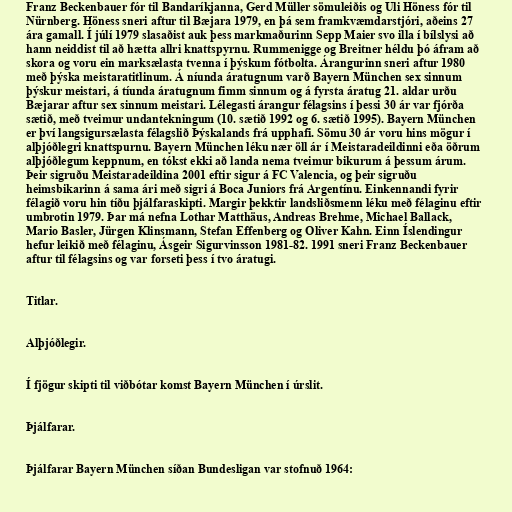
Franz Beckenbauer fór til Bandaríkjanna, Gerd Müller sömuleiðis og Uli Höness fór til
Nürnberg. Höness sneri aftur til Bæjara 1979, en þá sem framkvæmdarstjóri, aðeins 27
ára gamall. Í júlí 1979 slasaðist auk þess markmaðurinn Sepp Maier svo illa í bílslysi að
hann neiddist til að hætta allri knattspyrnu. Rummenigge og Breitner héldu þó áfram að
skora og voru ein marksælasta tvenna í þýskum fótbolta. Árangurinn sneri aftur 1980
með þýska meistaratitlinum. Á níunda áratugnum varð Bayern München sex sinnum
þýskur meistari, á tíunda áratugnum fimm sinnum og á fyrsta áratug 21. aldar urðu
Bæjarar aftur sex sinnum meistari. Lélegasti árangur félagsins í þessi 30 ár var fjórða
sætið, með tveimur undantekningum (10. sætið 1992 og 6. sætið 1995). Bayern München
er því langsigursælasta félagslið Þýskalands frá upphafi. Sömu 30 ár voru hins mögur í
alþjóðlegri knattspurnu. Bayern München léku nær öll ár í Meistaradeildinni eða öðrum
alþjóðlegum keppnum, en tókst ekki að landa nema tveimur bikurum á þessum árum.
Þeir sigruðu Meistaradeildina 2001 eftir sigur á FC Valencia, og þeir sigruðu
heimsbikarinn á sama ári með sigri á Boca Juniors frá Argentínu. Einkennandi fyrir
félagið voru hin tíðu þjálfaraskipti. Margir þekktir landsliðsmenn léku með félaginu eftir
umbrotin 1979. Þar má nefna Lothar Matthäus, Andreas Brehme, Michael Ballack,
Mario Basler, Jürgen Klinsmann, Stefan Effenberg og Oliver Kahn. Einn Íslendingur
hefur leikið með félaginu, Ásgeir Sigurvinsson 1981-82. 1991 sneri Franz Beckenbauer
aftur til félagsins og var forseti þess í tvo áratugi.

Titlar.

Alþjóðlegir.

Í fjögur skipti til viðbótar komst Bayern München í úrslit.

Þjálfarar.

Þjálfarar Bayern München síðan Bundesligan var stofnuð 1964: